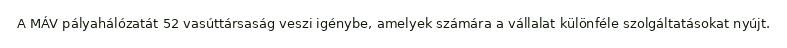
A MÁV pályahálózatát 52 vasúttársaság veszi igénybe, amelyek számára a vállalat különféle szolgáltatásokat nyújt.